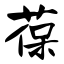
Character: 葆